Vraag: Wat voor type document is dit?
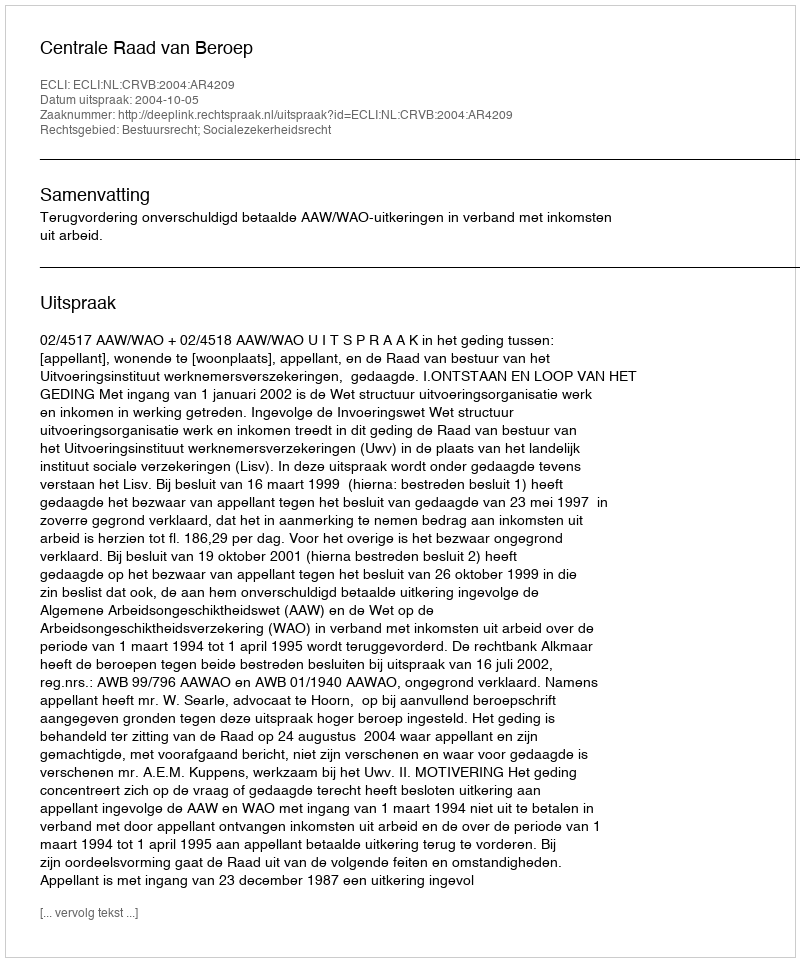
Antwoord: Uitspraak